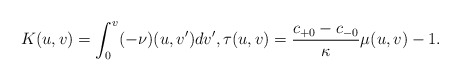
\begin{align*} K(u,v)=\int_0^v(-\nu)(u,v')dv',\tau(u,v)=\frac{c_{+0}-c_{-0}}{\kappa}\mu(u,v)-1.\end{align*}